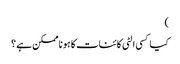
)
کیا کسی الٹی کائنات کا ہونا ممکن ہے ؟